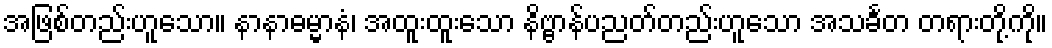
အဖြစ်တည်းဟူသော။ နာနာဓမ္မာနံ၊ အထူးထူးသော နိဗ္ဗာန်ပညတ်တည်းဟူသော အသင်္ခတ တရားတို့ကို။